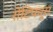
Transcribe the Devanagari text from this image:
रोटिफर्स